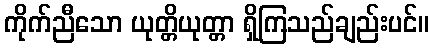
ကိုက်ညီသော ယုတ္တိယုတ္တာ ရှိကြသည်ချည်းပင်။